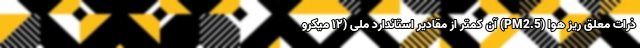
ذرات معلق ریز هوا (PM2.5) آن کمتر از مقادیر استاندارد ملی (۱۲ میکرو